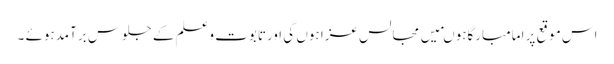
اس موقع پر امامبارگاہوںمیں مجالس عزا ہوں گی اورتابوت وعلم کے جلوس برآمدہوئے ۔